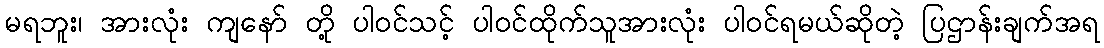
မရဘူး၊ အားလုံး ကျနော် တို့ ပါဝင်သင့် ပါဝင်ထိုက်သူအားလုံး ပါဝင်ရမယ်ဆိုတဲ့ ပြဌာန်းချက်အရ